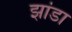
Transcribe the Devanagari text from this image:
झांडा